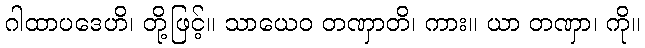
ဂါထာပဒေဟိ၊ တို့ဖြင့်။ သာယေဝ တဏှာတိ၊ ကား။ ယာ တဏှာ၊ ကို။